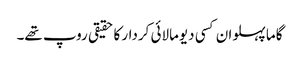
گاما پہلوان کسی دیومالائی کردار کا حقیقی روپ تھے۔